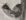
Text: 6